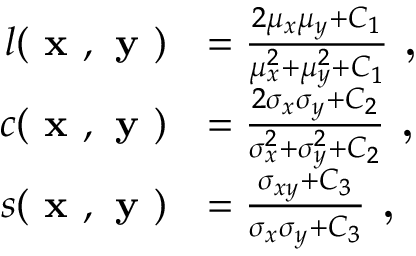
\begin{array} { r l } { l ( \textbf { x } , \textbf { y } ) } & { = \frac { 2 \mu _ { x } \mu _ { y } + C _ { 1 } } { \mu _ { x } ^ { 2 } + \mu _ { y } ^ { 2 } + C _ { 1 } } \textbf { , } } \\ { c ( \textbf { x } , \textbf { y } ) } & { = \frac { 2 \sigma _ { x } \sigma _ { y } + C _ { 2 } } { \sigma _ { x } ^ { 2 } + \sigma _ { y } ^ { 2 } + C _ { 2 } } \textbf { , } } \\ { s ( \textbf { x } , \textbf { y } ) } & { = \frac { \sigma _ { x y } + C _ { 3 } } { \sigma _ { x } \sigma _ { y } + C _ { 3 } } \textbf { , } } \end{array}